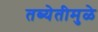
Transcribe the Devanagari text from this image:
तब्येतीमुळे